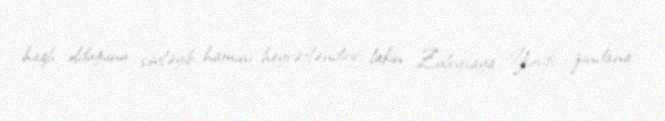
haqlı olduğunu söyləyib, hamını heyrətləndirir, lakin Züleyxaya Yusifi zindana